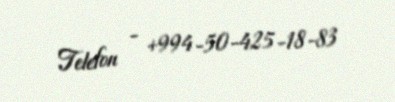
Telefon - +994-50-425-18-83